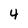
Character: 4